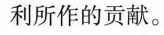
利所作的贡献。